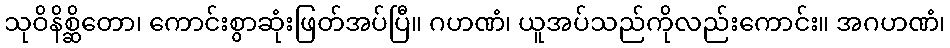
သုဝိနိစ္ဆိတော၊ ကောင်းစွာဆုံးဖြတ်အပ်ပြီ။ ဂဟဏံ၊ ယူအပ်သည်ကိုလည်းကောင်း။ အဂဟဏံ၊